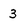
Character: 3